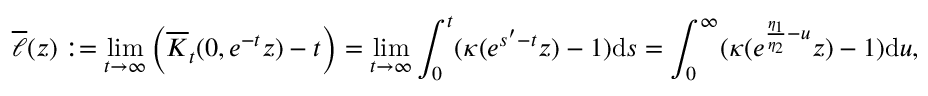
\overline { { \ell } } ( z ) : = \operatorname* { l i m } _ { t \to \infty } \left( \overline { K } _ { t } ( 0 , e ^ { - t } z ) - t \right) = \operatorname* { l i m } _ { t \to \infty } \int _ { 0 } ^ { t } ( \kappa ( e ^ { s ^ { \prime } - t } z ) - 1 ) \mathrm { d } s = \int _ { 0 } ^ { \infty } ( \kappa ( e ^ { \frac { \eta _ { 1 } } { \eta _ { 2 } } - u } z ) - 1 ) \mathrm { d } u ,